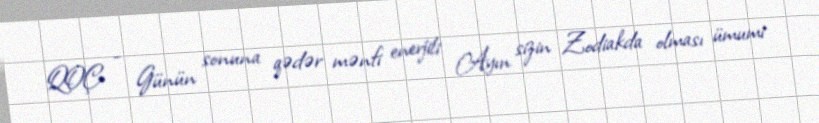
QOÇ - Günün sonuna qədər mənfi enerjili Ayın sizin Zodiakda olması ümumi